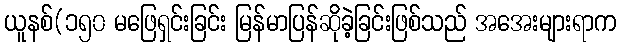
ယူနစ်(၁၅၀ မဖြေရှင်းခြင်း မြန်မာပြန်ဆိုခဲ့ခြင်းဖြစ်သည် အအေးများရာက